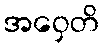
အဝှေတိ